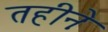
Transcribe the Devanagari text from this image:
तहीनेः